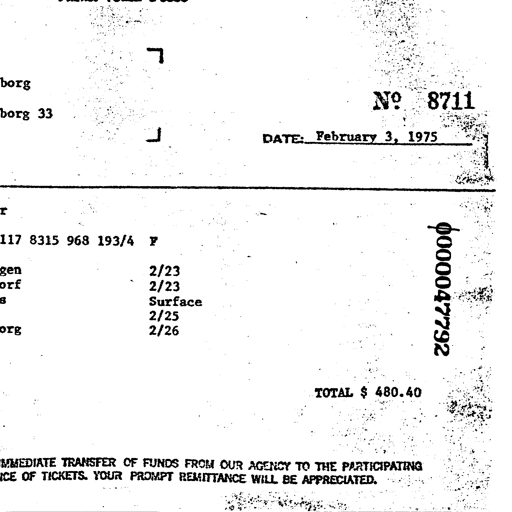
borg
borg 33

No 8711
DATE: February 3, 1975

r
117 8315 968 193/4 F
gen
orf
8
org
2/23
2/23
Surface
2/25
2/26
000047792
TOTAL $ 480.40
MMEDIATE TRANSFER OF FUNDS FROM OUR AGENCY TO THE PARTICIPATING
CE OF TICKETS. YOUR PROMPT REMITTANCE WILL BE APPRECIATED.